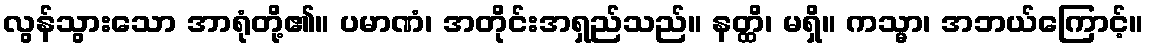
လွန်သွားသော အာရုံတို့၏။ ပမာဏံ၊ အတိုင်းအရှည်သည်။ နတ္ထိ၊ မရှိ။ ကသ္မာ၊ အဘယ်ကြောင့်။